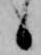
候